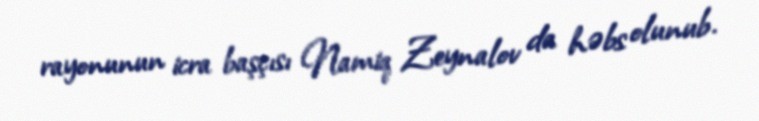
rayonunun icra başçısı Namiq Zeynalov da həbs olunub.